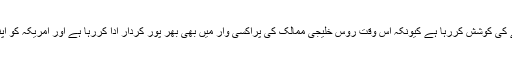
جس بنا پر امریکہ اب اپنے افغانستان میں قیام کو طول دینے کے لئے جواز ڈھونڈنے کی کوشش کررہا ہے کیونکہ اس وقت روس خلیجی ممالک کی پراکسی وار میں بھی بھر پور کردار ادا کررہا ہے اور امریکہ کو اپنی اس “چوہدراہٹ” میں روس کی شکل میں حصہ دار کانٹے کی طرح چھبھ رہا ہے۔